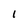
Character: I